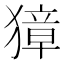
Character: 獐